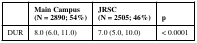
|  | Main Campus(N = 2890; 54%) | JRSC(N = 2505; 46%) | p |
 | --- | --- | --- | --- |
 | DUR | 8.0 (6.0, 11.0) | 7.0 (5.0, 10.0) | < 0.0001 |